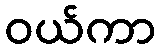
ဝယ်ကာ